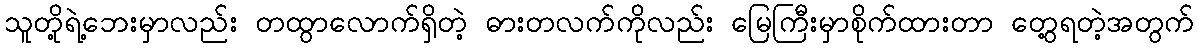
သူတို့ရဲ့ဘေးမှာလည်း တထွာလောက်ရှိတဲ့ ဓားတလက်ကိုလည်း မြေကြီးမှာစိုက်ထားတာ တွေ့ရတဲ့အတွက်